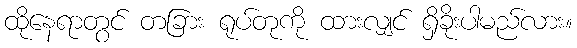
ထိုနေရာတွင် တခြား ရုပ်တုကို ထားလျှင် ရှိခိုးပါမည်လား။